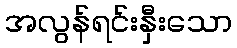
အလွန်ရင်းနှီးသော